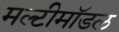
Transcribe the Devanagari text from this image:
मल्टीमॉडल